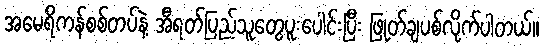
အမေရိကန်စစ်တပ်နဲ့ အီရတ်ပြည်သူတွေပူးပေါင်းပြီး ဖြုတ်ချပစ်လိုက်ပါတယ်။